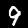
Digit: 9